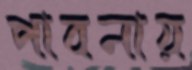
পাবনায়